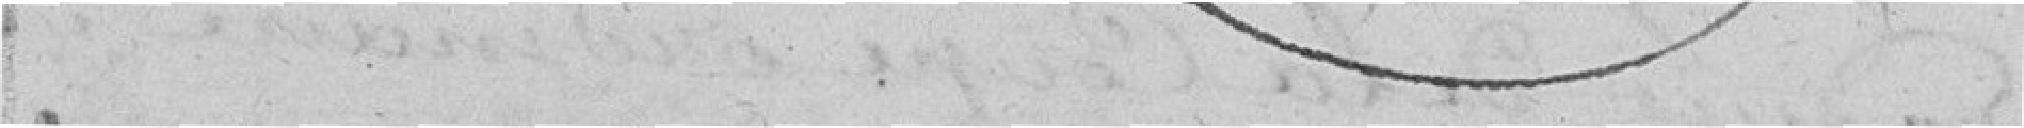
ils ont été les dignes interprètes de ses sentiments